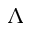
\Lambda